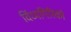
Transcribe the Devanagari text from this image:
विंध्यगिरिको